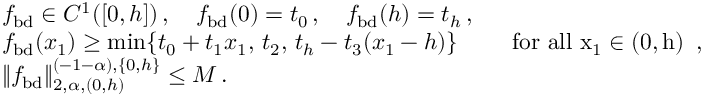
\begin{array} { r l } & { f _ { \mathrm { b d } } \in C ^ { 1 } ( [ 0 , h ] ) \, , \quad f _ { \mathrm { b d } } ( 0 ) = t _ { 0 } \, , \quad f _ { \mathrm { b d } } ( h ) = t _ { h } \, , } \\ & { f _ { \mathrm { b d } } ( x _ { 1 } ) \geq \operatorname* { m i n } \{ t _ { 0 } + t _ { 1 } x _ { 1 } , \, t _ { 2 } , \, t _ { h } - t _ { 3 } ( x _ { 1 } - h ) \} \qquad \, \, \mathrm { f o r ~ a l l ~ x _ 1 \in ( 0 , h ) ~ } \, , } \\ & { \| f _ { \mathrm { b d } } \| _ { 2 , \alpha , ( 0 , h ) } ^ { ( - 1 - \alpha ) , \{ 0 , h \} } \leq M \, . } \end{array}